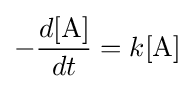
-{\frac {d[\mathrm {A} ]}{dt}}=k[\mathrm {A} ]